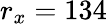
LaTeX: r_{x}=134